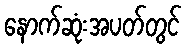
နောက်ဆုံးအပတ်တွင်